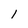
Character: 1